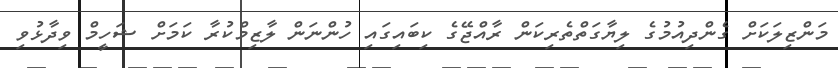
މަންޒިލަކަށް ގެންދިއުމުގެ ލިޔާގަތްތެރިކަން ރާއްޖޭގެ ކިބައިގައި ހުންނަން ލާޒިމްކުރާ ކަމަށް ޝަހީމް ވިދާޅުވި